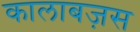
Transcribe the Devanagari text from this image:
कालाबज़स